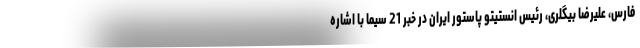
فارس، علیرضا بیگلری، رئیس انستیتو پاستور ایران در خبر 21 سیما با اشاره